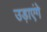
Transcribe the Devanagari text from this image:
उड़ाएंगे